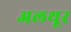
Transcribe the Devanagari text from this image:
अलथूर